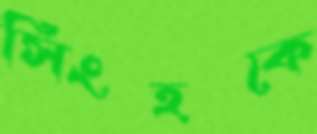
সিংহকে